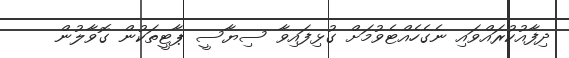
ދިފާއުކުރައްވައި ނެގެހެއްޓެވުމަށް ގުޅިފައިވާ ސިޔާސީ ޕާޓީތަކުން ގޮވާލުން